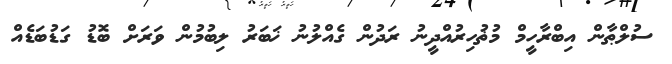
ސުލްޠާން އިބްރާހީމް މުޡުހިރުއްދީނު ރަދުން ގެއްލުނު ޚަބަރު ލިބުމުން ވަރަށް ބޮޑު ގަޑުބަޑެއް